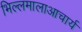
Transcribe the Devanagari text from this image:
भिल्लमालाआचार्य